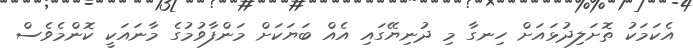
އެކަމަކު ތޮށަލިދުޅައަށް ހިނގާ މި ދުނިޔޭގައި އެއް ބަޔަކަށް މަންފާވުމުގެ މާނައަކީ ކޮންމެވެސް